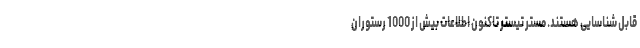
قابل شناسایی هستند. مستر تیستر تاکنون اطلاعات بیش از 1000 رستوران